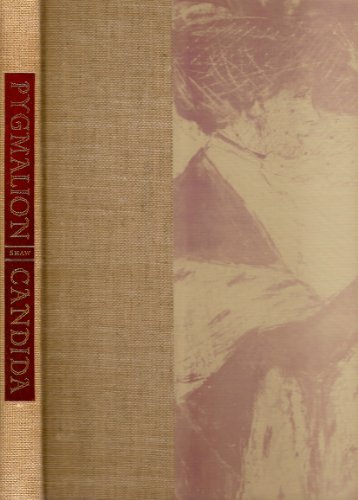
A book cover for Pygmalion and Candida; Bernard Shaw; Health, Fitness & Dieting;